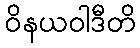
ဝိနယဝါဒီတိ